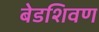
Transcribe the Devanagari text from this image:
बेडशिवण